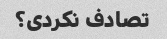
تصادف نکردی؟